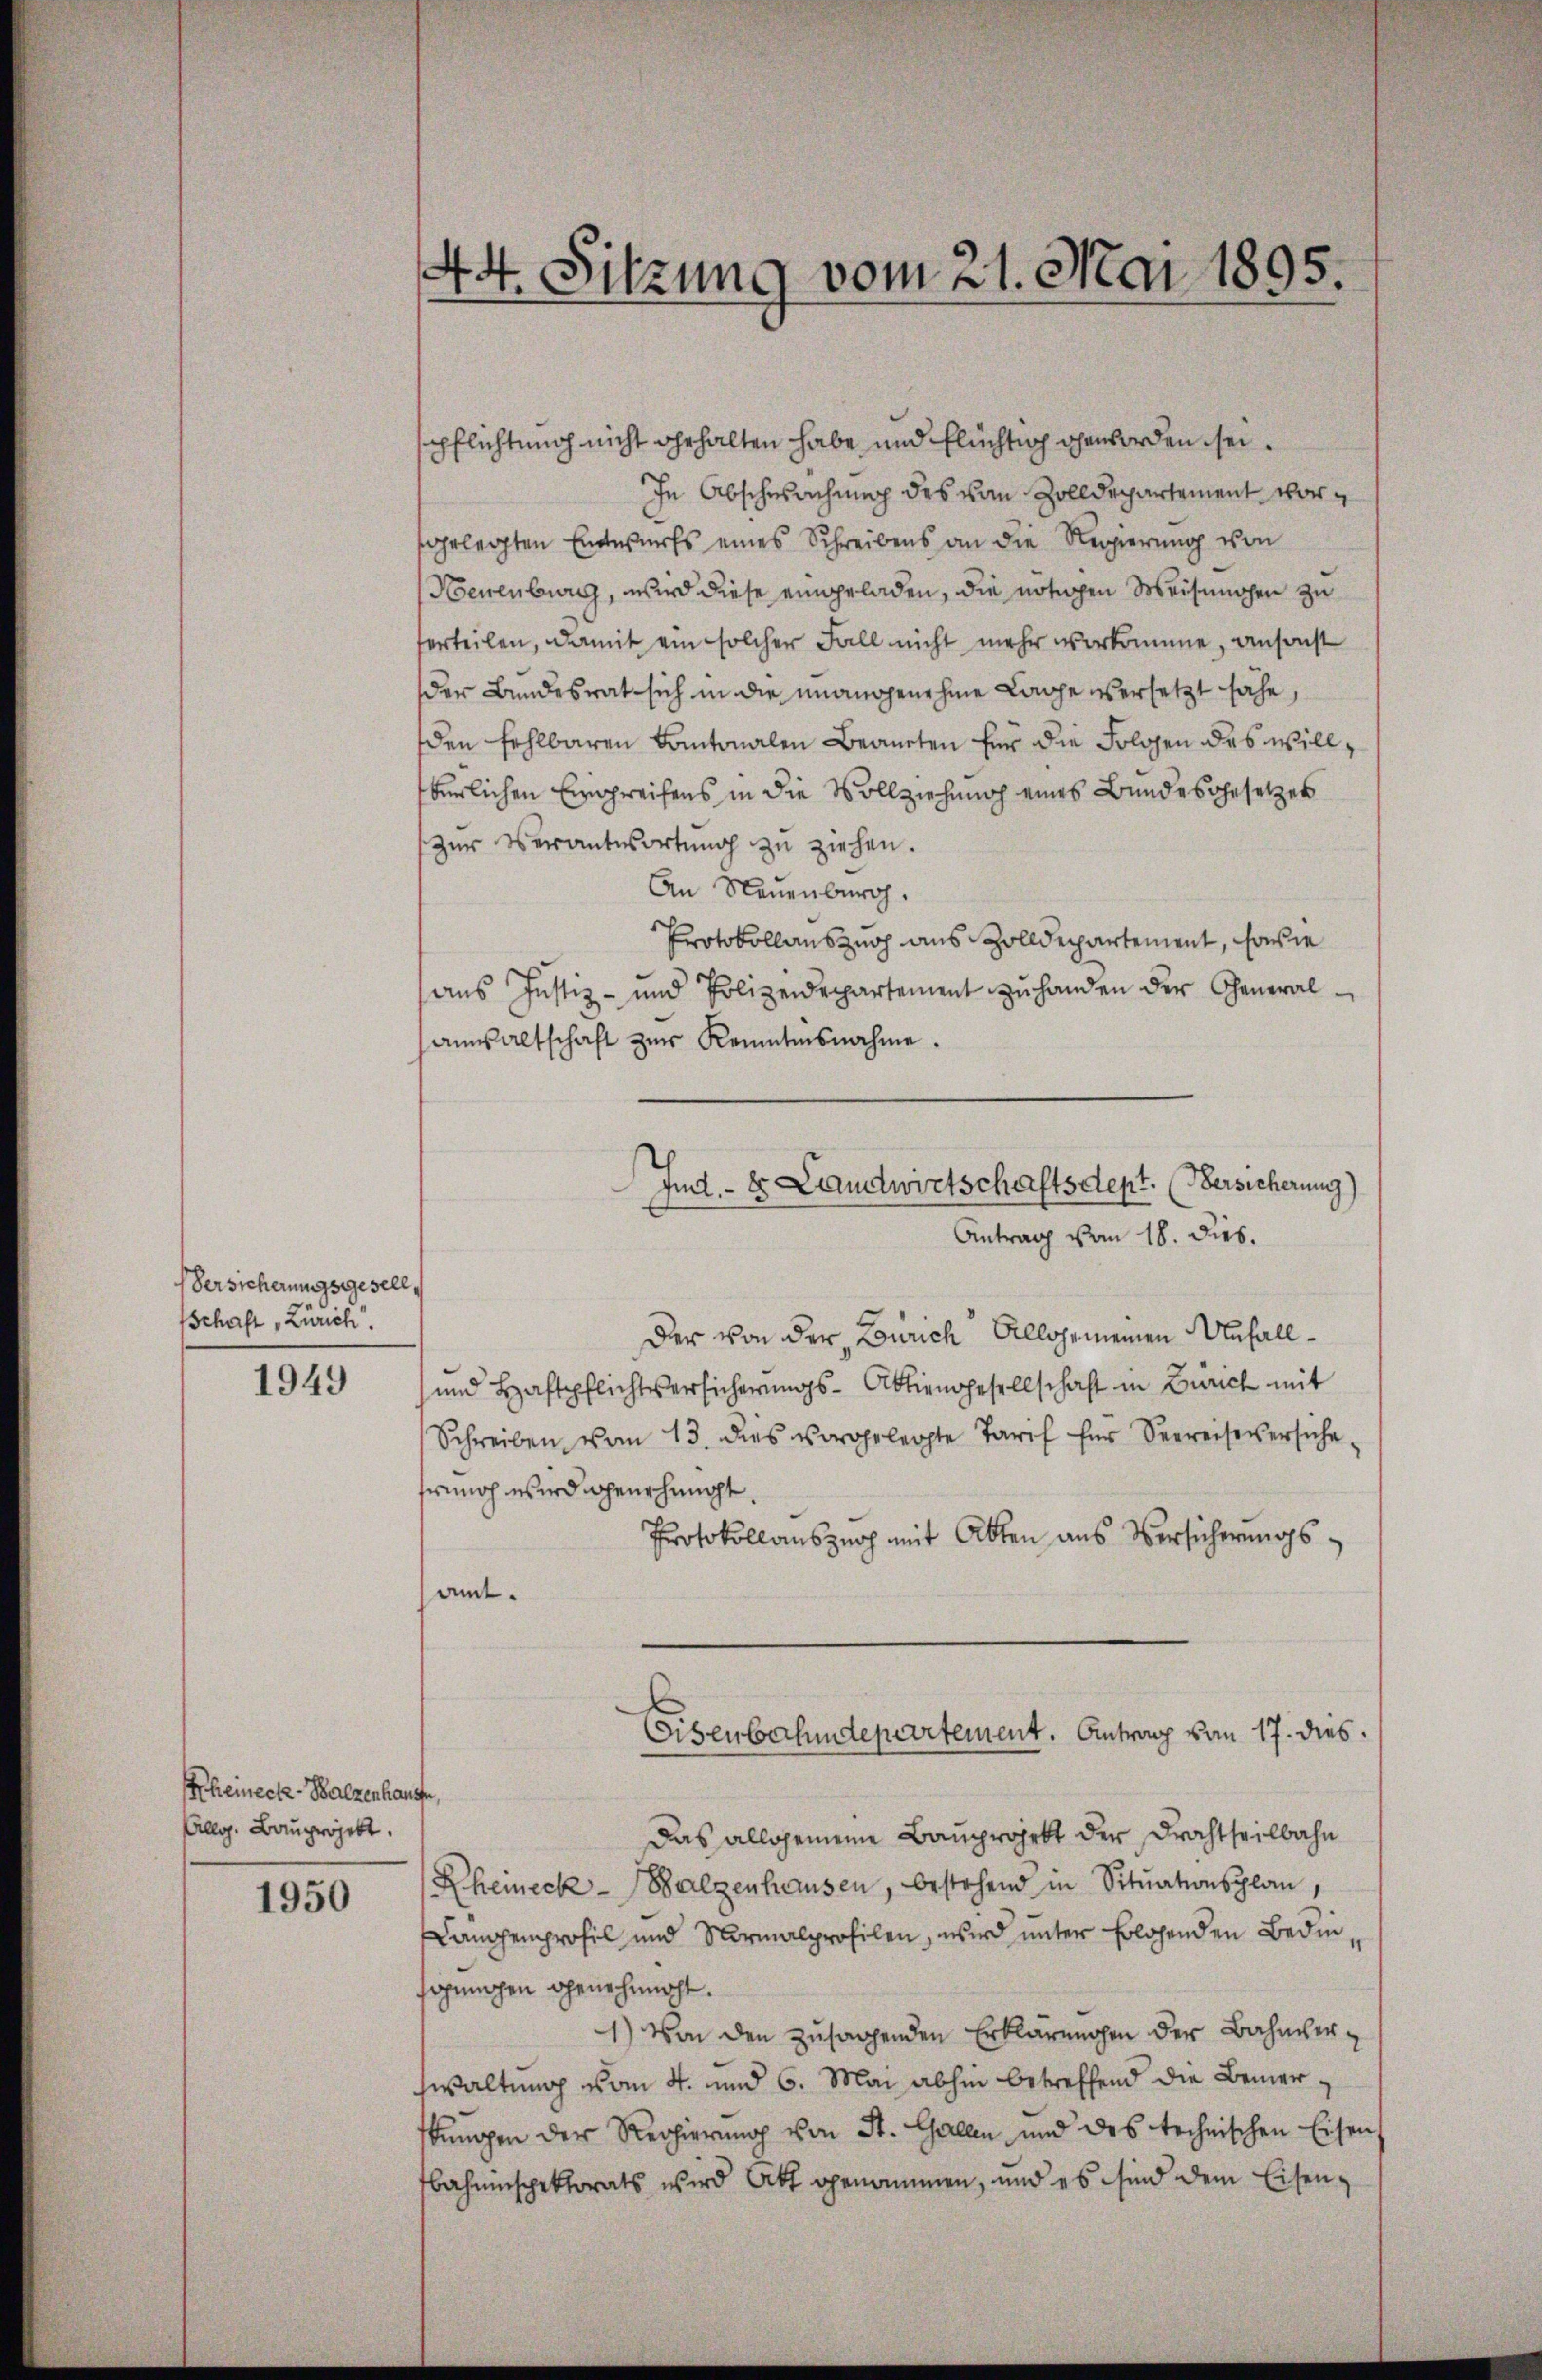
1949

Rheineck-Balzenhause,
Allg. Bauprojekt.

1950

Versicherungsgesell,
Schaft, Zürich.

44. Sitzung vom 21. Mai 1895.

pflichtung nicht erhalten habe, und flüchtig geworden sei¬
In Abschwachung des von Zolldepartement vorsgelegten Entwurfs eines Schreibens an die Regierung von
(Neuenburg, wird diese eingeladen, die nötigen Weisungen zu
erteilen, damit ein solcher Fall nicht mehr vorkomme, ansonst
der Bundesrat sich in die unangenehme Lage versetzt sähe,
den fehlbaren Kantonalen Beanten für die Folgen des will
berlichen Eingreifens in die Vollziehung eines Bundesgesetzes
zur Verantwortung zu ziehen.
An Neuenburg.
Protokollauszug aus Zolldepartement, sowie
ans Justiz- und Polizeidepartement zŭ handen der General-
anwaltschaft zŭr Kenntnisnahme.
Antrag vom 18. dies.
Der von der Zürich Allgemeinen Unfall¬
und Haftpflichtversicherungs-Aktiengesellschaft in Zürich mit
Schreiben vom 13. dies vorgelegte Tarif für Seereise versiche
hrung wird genehmigt.
Protokollauszug mit Akten aus Versicherungsamt.
Eisenbefundepartement. Antrag von 17. dies
Das allgemeine Bauprojekt der Drachtheilbahn
Rheineck-Salzenhausen, bestehend in Sitŭationsplan,
Langenprofil und Normalprofilen, wird unter folgenden Bedin
sigungen genehmigt.
1) Von den zusagenden Erklärungen der Bahnverhwaltung vom 4. und 6. Mai abhin betreffend die Bemerkungen der Regierung von St. Gallen und des technischen Eisen,
bahninspektorats wird Akt genommen, und es sind dem Eisen¬

Ind. - Er Landwirtschaftsdept. (Versicherung)